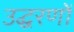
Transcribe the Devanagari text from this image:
उद्घरणों